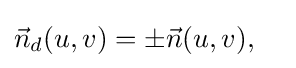
{\vec {n}}_{d}(u,v)=\pm {\vec {n}}(u,v),\quad